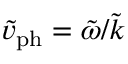
\tilde { v } _ { \mathrm { p h } } = \tilde { \omega } / \tilde { k }